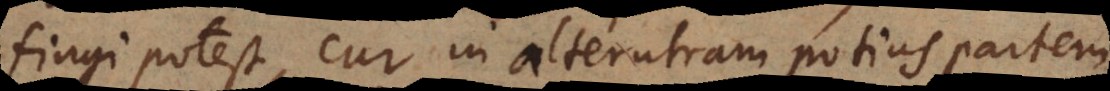
fingi potest, cur in alterutram potius partem